Vaccination report Assam 1896-1927 - 1896-1927
Year: 1896
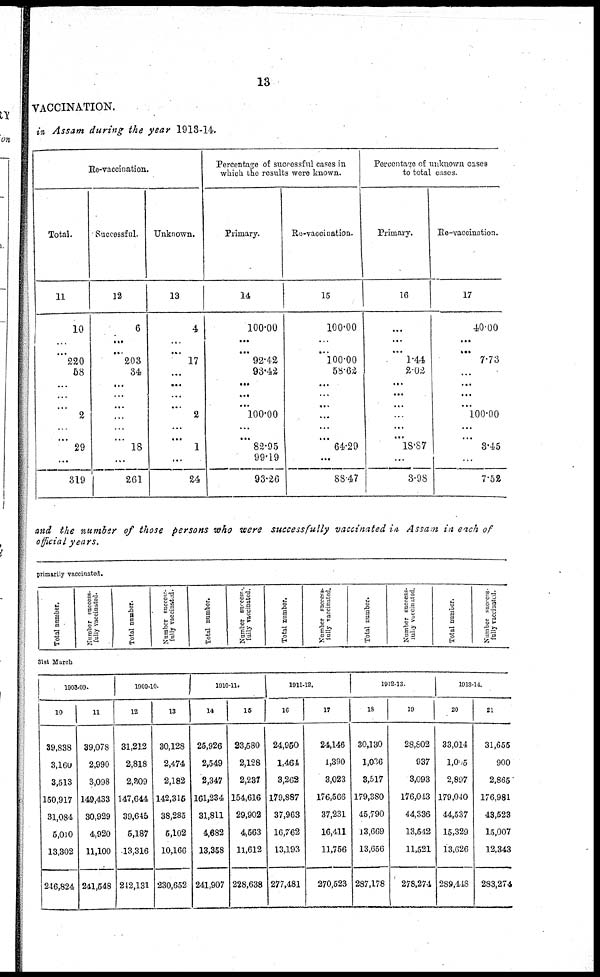
13
VACCINATION.
in Assam during the year 1913-14.
Re-vaccination.
Total.
11
10
...
...
220
58
...
...
...
2
...
...
29
...
319
Successful.
12
6
...
...
203
34
...
...
...
...
...
...
18
...
261
Unknown.
13
4
...
...
17
...
...
...
...
2
...
...
1
...
24
Percentage of successful cases in
which the results were known.
Primary.
14
100.00
...
...
92.42
93.42
...
...
...
100.00
...
...
82.95
99.19
93.26
Re-vaccination.
15
100.00
...
...
100.00
58.62
...
...
...
...
...
...
64.29
...
88.47
Percentage of unknown cases
to total cases.
Primary.
16
...
...
...
1.44
2.02
...
...
...
...
...
...
18.87
...
3.98
Re-vaccination.
17
40.00
...
...
7.73
...
...
...
...
100.00
...
...
3.45
...
7.52
and the number of those persons who were successfully vaccinated in Assam in each of
official years.
primarily vaccinated.
Total number.
Number success-
fully vaccinated.
Total number.
Number success¬
fully vaccinated.
Total number.
Number success¬
fully vaccinated.
Total number.
Number success-
fully vaccinated.
Total number.
Number success¬
fully Vaccinated.
Total number.
Number success¬
fully vaccinated.
31st March
1908-09.
10
39,838
3,160
3,513
150,917
31,084
5,010
13,302
246,824
11
39,078
2,990
3,098
149,433
30,929
4,920
11,100
241,548
1909-10.
12
31,212
2,818
2,309
147,644
39,645
5,187
13,316
242,131
13
30,128
2,474
2,182
142,315
38,285
5,102
10,166
230,652
1910-11.
14
25,926
2,549
2,347
161,234
31,811
4,682
13,358
241,907
15
23,580
2,128
2,237
154,616
29,902
4,563
11,612
228,638
1911-12.
16
24,950
1,464
3,262
179,887
37,963
16,762
13,193
277,481
17
24,146
1,390
3,023
176,566
37,231
16,411
11,756
270,523
1912-13.
18
30,130
1,036
3,517
179,380
45,790
13,669
13,656
287,178
19
28,802
937
3,093
176,043
44,336
13,542
11,521
278,274
1913-14.
20
33,014
1,005
2,897
179,040
44,537
15,329
13,626
289,448
21
31,655
900
2,865
176,981
43,523
15,007
12,343
283,274